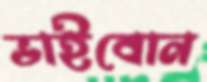
ভাইবোন